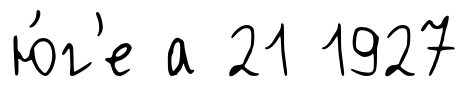
ю́г'е а 21 1927